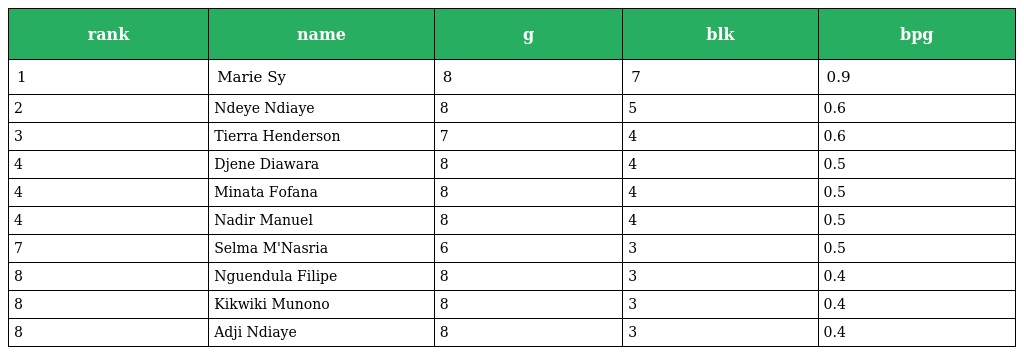
| rank | name | g | blk | bpg |
 | --- | --- | --- | --- | --- |
 | 1 | Marie Sy | 8 | 7 | 0.9 |
 | 2 | Ndeye Ndiaye | 8 | 5 | 0.6 |
 | 3 | Tierra Henderson | 7 | 4 | 0.6 |
 | 4 | Djene Diawara | 8 | 4 | 0.5 |
 | 4 | Minata Fofana | 8 | 4 | 0.5 |
 | 4 | Nadir Manuel | 8 | 4 | 0.5 |
 | 7 | Selma M'Nasria | 6 | 3 | 0.5 |
 | 8 | Nguendula Filipe | 8 | 3 | 0.4 |
 | 8 | Kikwiki Munono | 8 | 3 | 0.4 |
 | 8 | Adji Ndiaye | 8 | 3 | 0.4 |